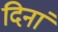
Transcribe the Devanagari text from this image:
दिनां